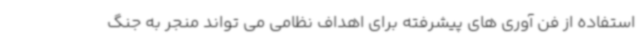
استفاده از فن آوری های پیشرفته برای اهداف نظامی می تواند منجر به جنگ